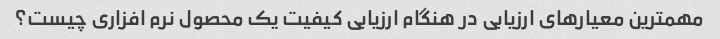
مهمترین معیارهای ارزیابی در هنگام ارزیابی کیفیت یک محصول نرم افزاری چیست؟